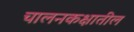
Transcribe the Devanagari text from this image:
चालनकक्षातील